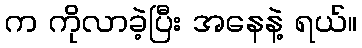
က ကိုလာခဲ့ပြီး အနေနဲ့ ရယ်။